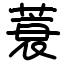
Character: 蓑